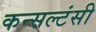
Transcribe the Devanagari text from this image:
कन्सल्टंसी